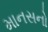
માનસનો